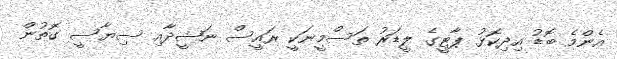
އެންމެ ބޮޑު އިދިކޮޅު ޕާޓީގެ ލީޑަރު ތަސްމީނަކީ ރައީސް ނަޝީދާއި ސިޔާސީ ގޮތުން